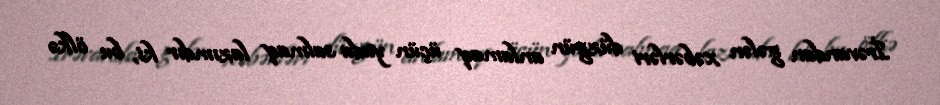
İrəvandan gələn xəbərləri düzgün anlamaq üçün yada salmaq lazımdır ki, bu ölkə